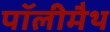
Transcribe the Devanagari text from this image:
पॉलीमैथ